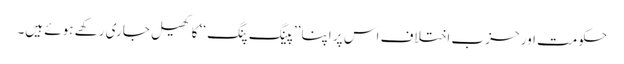
حکومت اور حزب اختلاف اس پر اپنا ’’پینگ پنگ ‘‘ کا کھیل جاری رکھے ہوئے ہیں۔